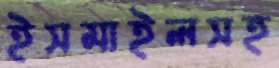
ইসমাইলসহ